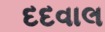
દદવાલ